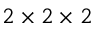
2 \times 2 \times 2